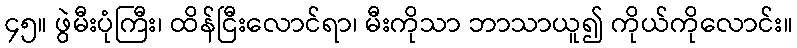
၄၅။ ဖွဲမီးပုံကြီး၊ ထိန်ငြီးလောင်ရာ၊ မီးကိုသာ ဘာသာယူ၍ ကိုယ်ကိုလောင်း။